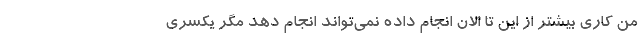
من کاری بیشتر از این تا الان انجام داده نمی‌تواند انجام دهد مگر یکسری